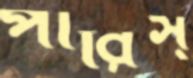
পারিস্